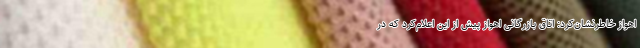
اهواز خاطرنشان‌کرد: اتاق بازرگانی اهواز پیش از این اعلام‌کرد که در